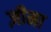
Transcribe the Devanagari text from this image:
ज़ीमा